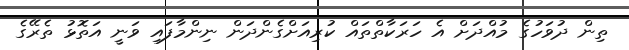
ތިން ދުވަހުގެ މުއްދަށް އެ ހަރަކާތްތައް ކުރިއަށްގެންދަން ނިންމާފައި ވަނީ އަތޮޅު ތެރޭގެ